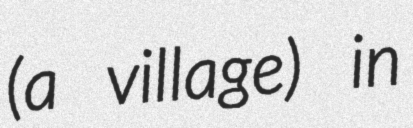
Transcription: (a village) in